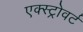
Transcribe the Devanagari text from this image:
एक्स्ट्रोवर्ट